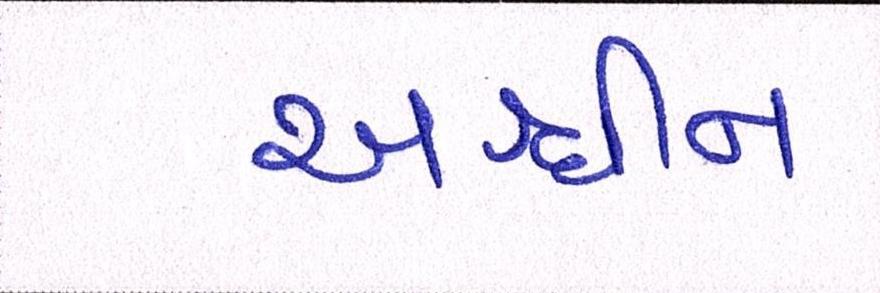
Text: અશ્વીન